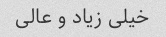
خیلی زیاد و عالی